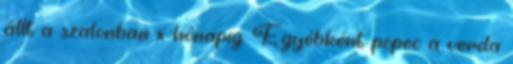
állt a szalonban x hónapig. Egyébként pöpec a verda